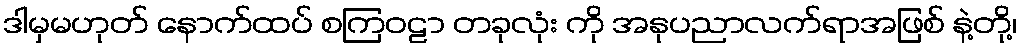
ဒါမှမဟုတ် နောက်ထပ် စကြဝဠာ တခုလုံး ကို အနုပညာလက်ရာအဖြစ် နဲ့တို့၊